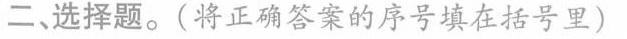
二、选择题。(将正确答案的序号填在括号里)